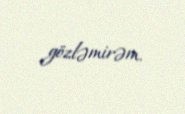
gözləmirəm.